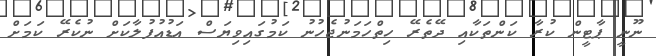
ނޫނީ ޕާޓީން ކުރާ ކަންތަކާއި ދޭތެރޭ ހިތްހަމަނުޖެހުނު ކަމުގައިވިޔަސް އަޑުއުފުލާކަށް ނުކެރޭ ކަމަށް